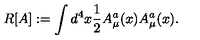
R [ A ] : = \int d ^ { 4 } x { \frac { 1 } { 2 } } A _ { \mu } ^ { a } ( x ) A _ { \mu } ^ { a } ( x ) .